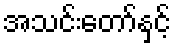
အသင်းတော်နှင့်